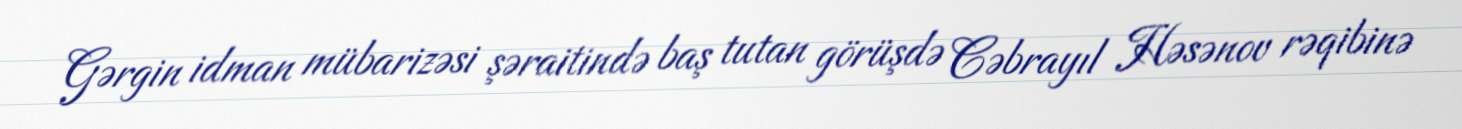
Gərgin idman mübarizəsi şəraitində baş tutan görüşdə Cəbrayıl Həsənov rəqibinə